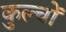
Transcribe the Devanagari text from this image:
कुल्चों